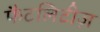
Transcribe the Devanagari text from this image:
फैटलिटीज़